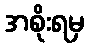
အစိုးရမှ